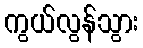
ကွယ်လွန်သွား